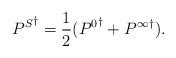
LaTeX: \begin{align*}{P^S}^\dagger = \frac{1}{2} ({P^0}^\dagger + {P^\infty}^\dagger).\end{align*}